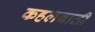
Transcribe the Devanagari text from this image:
कहलवाती